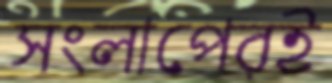
সংলাপেরই